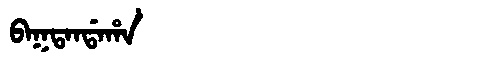
Manchu: ᠪᠠᡴᡨᠠᠨᡩᠠᡥᠠ
Romanization: BAKTANDAHA